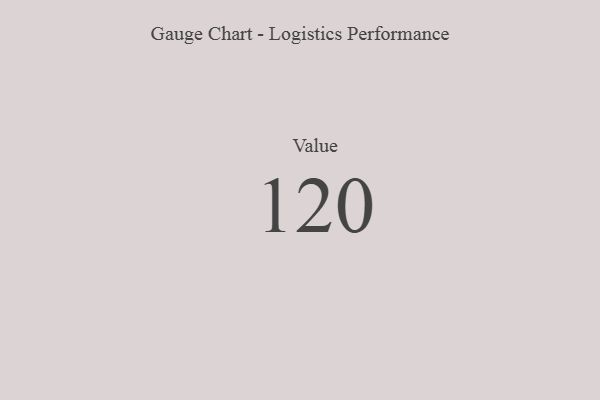
{"axis": {"x": "Metric", "y": "Value"}, "legend": [""], "data": [{"x": "Value", "y": 120, "type": ""}]}